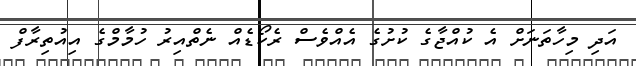
އަދި މިހާތަނަށް އެ ކުއްޖާގެ ކުށުގެ އެއްވެސް ރެކޯޑެއް ނެތްއިރު ހުމާމްގެ އިއުތިރާފް